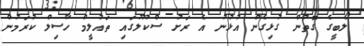
ލޯބީގެ ގޮތުން ގުޅިގެން އުޅުނު އެ ރަށު ސްކޫލުގައި ތައުލީމް ހާސިލް ކުރަމުން